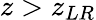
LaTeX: z>z_{LR}